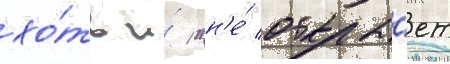
хо́ть и́ "н'е́ открыва́ет